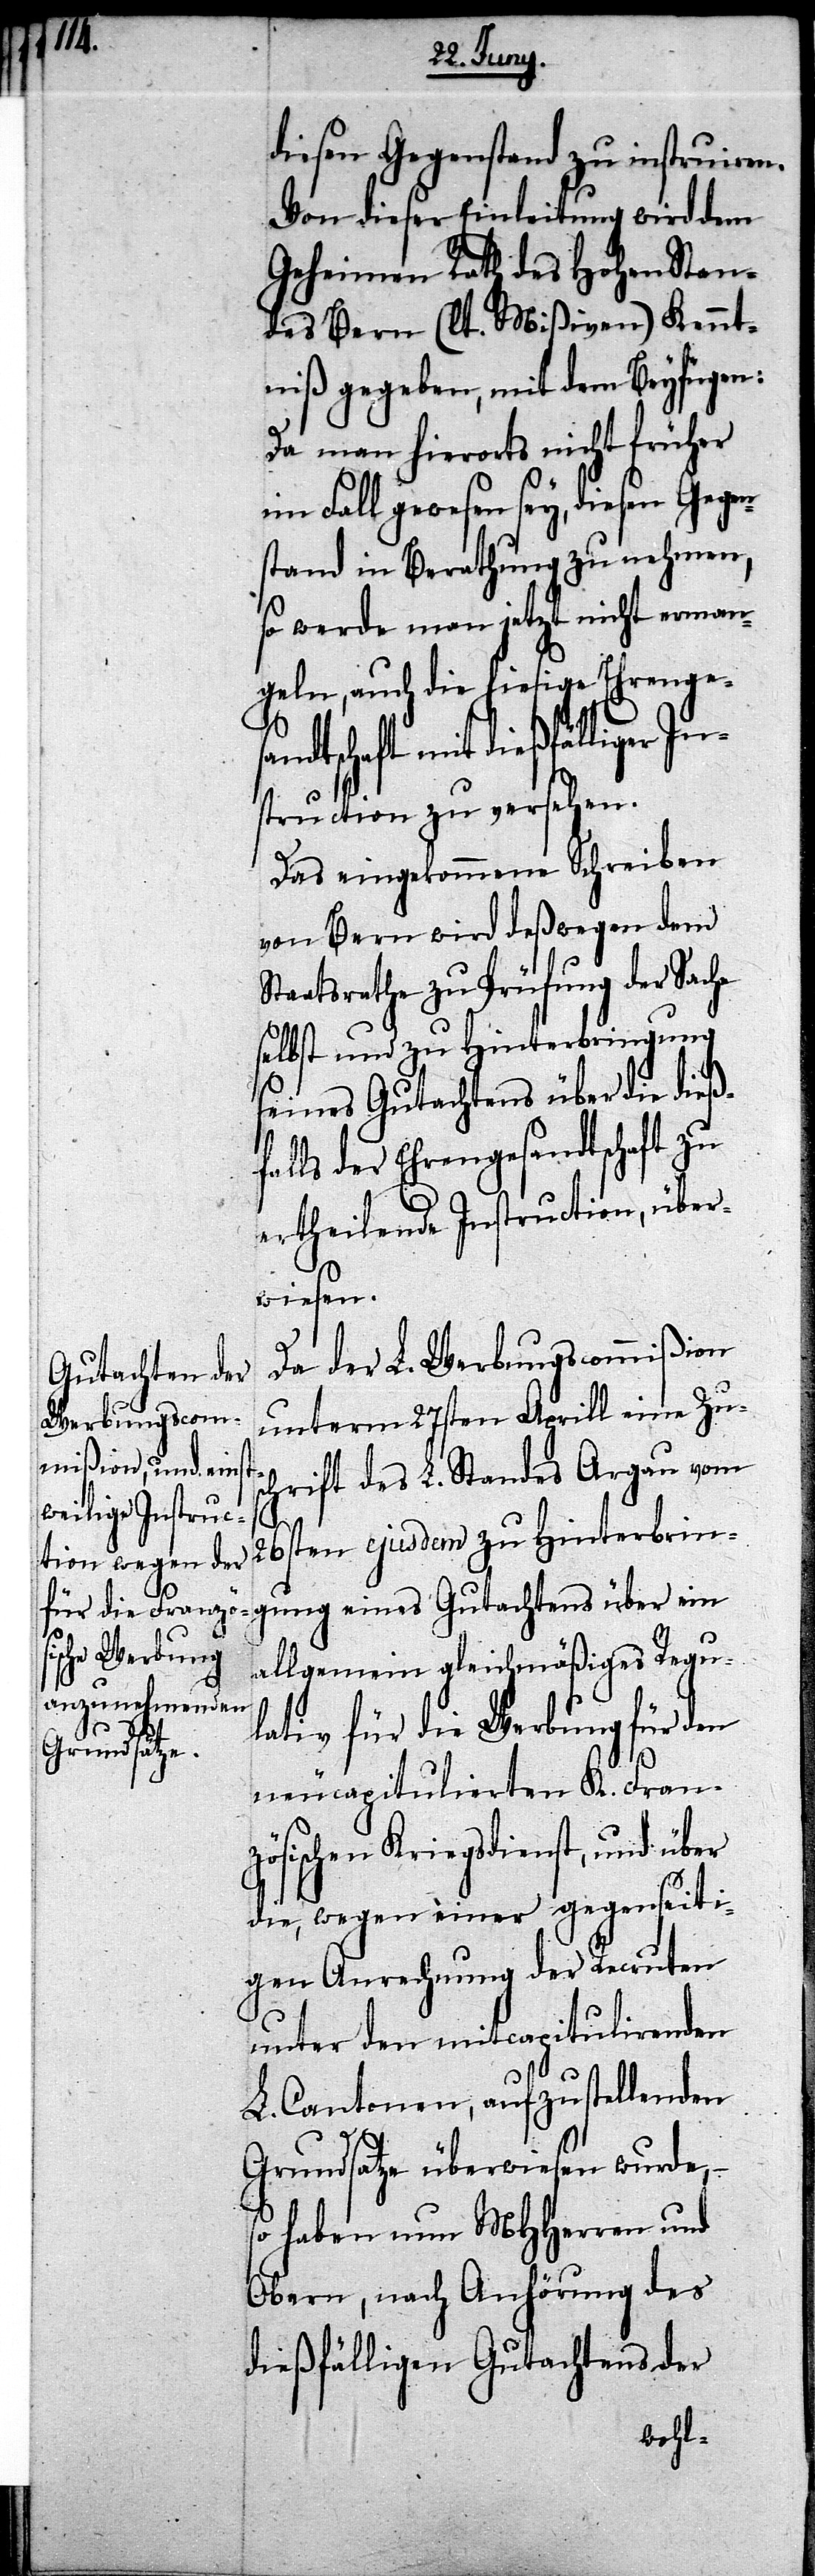
gung

diesen Gegenstand zu instruiren.
Von dieser Einleitung wird dem
Geheimen Rath des Hohen Stan¬
des Bern (lt. Mißiven) Kennt¬
niß gegeben, mit dem Beyfügen:
Da man hierorts nicht früher
im Fall gewesen sey, diesen Gegen¬
stand in Berathung zu nehmen,
so werde man jetzt nicht erman¬
geln, auch die hiesige Ehrengesa¬
ndtschaft mit dießfälliger
struction zu versehen.
Das eingekommene Schreiben
von Bern wird deßwegen dem
Staatsrathe zu Prüfung der Sache
selbst und zu Hinterbringung
eines Gutachtens über ein
alls der Ehrengesandtschaft zu
ertheilende Instruction, über¬
wiesen.
Da der L. Werbungscommißion
unterm 27sten Aprill eine Zu¬
schrift des L. Standes Argau vom
26sten ejusdem zu Hinterbrin¬
allgemein gleichmäßiges Regu¬
lativ für die Werbung für den
neucapitulierten K. Fran¬
zösischen Kriegsdienst, und über
die, wegen einer gegenseiti¬
gen Anrechnung der Recruten
unter den mitcapitulirenden
L. Cantonen, aufzustellenden
Grundsatze überwiesen wurde, –
so haben nun MHHerren und
Obern, nach Anhörung des
dießfälligen Gutachtens der